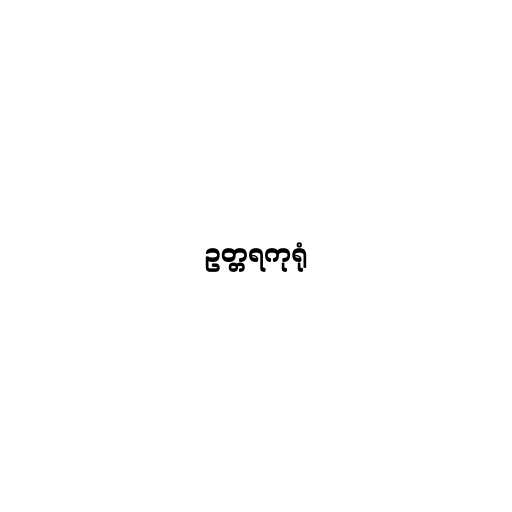
ဥတ္တရကုရုံ